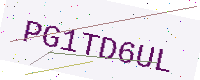
Text: PG1TD6UL